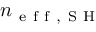
n _ { \mathrm { ~ e ~ f ~ f ~ , ~ S ~ H ~ } }